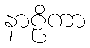
နာဠိကာ